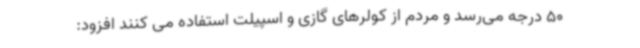
50 درجه می‌رسد و مردم از کولرهای گازی و اسپیلت استفاده می کنند افزود: